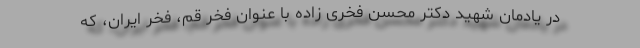
در یادمان شهید دکتر محسن فخری زاده با عنوان فخر قم، فخر ایران، که